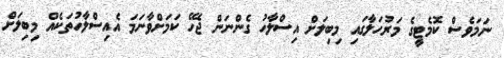
ނަމަވެސް ކޮމެޓީގެ މަރުހަލާގައި މިބިލަށް އިސްލާހު ގެންނަން ޖެހޭ ކަމަށްވާނަމަ އެއިސްލާހުތަކެއް މިބިލަށް